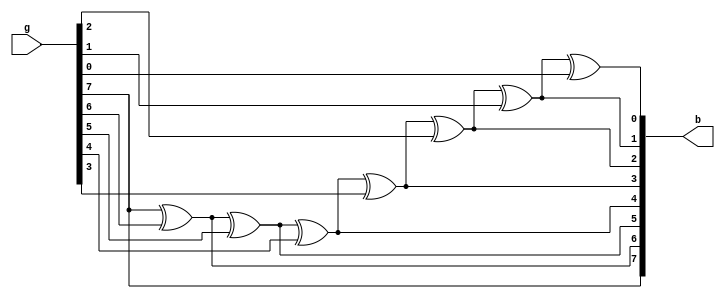
//8-bit gray to bin
module graytobin_8bit(
    output [7:0]b,
	 input [7:0]g);
assign b[7]=g[7],
			b[6]=b[7]^g[6],
			b[5]=b[6]^g[5],
			b[4]=b[5]^g[4],
			b[3]=b[4]^g[3],
			b[2]=b[3]^g[2],
			b[1]=b[2]^g[1],
			b[0]=b[1]^g[0];
endmodule